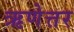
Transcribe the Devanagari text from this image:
ऋणेत्तर